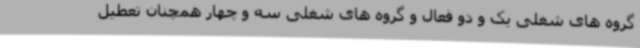
گروه های شغلی یک و دو فعال و گروه های شغلی سه و چهار همچنان تعطیل